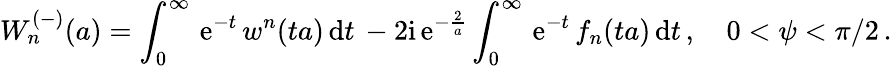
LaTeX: W_{n}^{(-)}(a)=\int_{0}^{\infty}\, \mathrm{e}^{-t}\, w^{n}(ta)\, \mathrm{d}t\, -{2\mathrm{i}}\, \mathrm{e}^{-{\frac{2}{a}}}\int_{0}^{\infty}\, \mathrm{e}^{-t}\, f_{n}(ta)\, \mathrm{d}t\, ,\quad 0<\psi<\pi/2\, .